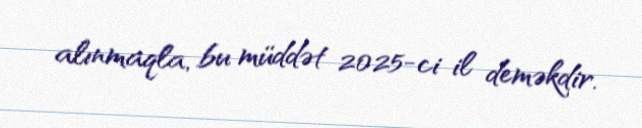
alınmaqla, bu müddət 2025-ci il deməkdir.